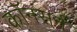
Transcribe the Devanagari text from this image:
कॉनसर्न